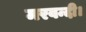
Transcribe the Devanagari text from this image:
मरवन्दी।